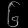
Digit: ၆